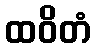
ထဝိတံ